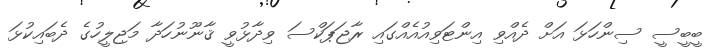
ބީބީސީ ސިންހަޅަ އަށް ދެއްވި އިންޓަވިއުއެއްގައި ރާޖަޕަކްސަ ވިދާޅުވީ ޤާނޫނުހަދާ މަޖިލީހުގެ ދެބައިކުޅަ